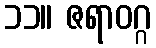
၁၁။ ဇရာဝဂ္ဂ